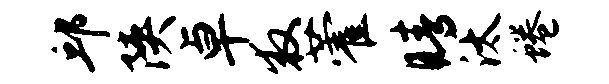
邱陕卓救藿睛汰蜷